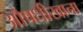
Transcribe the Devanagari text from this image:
औषधीखाना